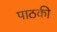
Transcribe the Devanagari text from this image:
पाठकी